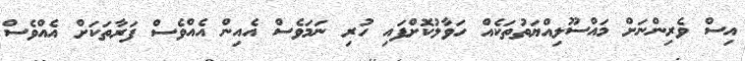
އިސް ވެރިންނަށް މައްސޫލިއްޔަތުތަކެއް ހަވާލުކޮށްފައި ހުރި ނަމަވެސް އެއިން އެއްވެސް ފަރާތަކަށް އެއްވެސް